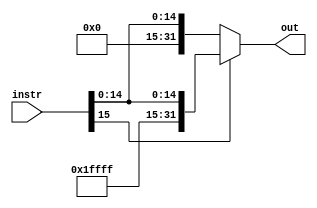
`timescale 1ns / 1ps
//////////////////////////////////////////////////////////////////////////////////
// Company: 
// Engineer: 
// 
// Design Name: 
// Module Name:    ImmExtend 
// Project Name: 
// Target Devices: 
// Tool versions: 
// Description: 
//
// Dependencies: 
//
// Revision: 
// Revision 0.01 - File Created
// Additional Comments: 
//
//////////////////////////////////////////////////////////////////////////////////
module ImmExtend(
    input [15:0] instr,
	 output [31:0] out
    );
	 
	 assign out = (instr[15] == 1'b1) ? {16'b1111_1111_1111_1111, instr[15:0]}:
						{16'b0000_0000_0000_0000, instr[15:0]};
//	 if(instr[16] == 1'b1)
//		assign out = {16'b1111_1111_1111_1111, instr[16:31]};
//	 else
//		assign out = {16'b0000_0000_0000_0000, instr[16:31]};


endmodule